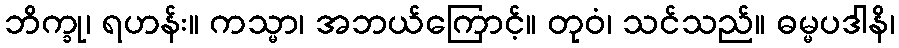
ဘိက္ခု၊ ရဟန်း။ ကသ္မာ၊ အဘယ်ကြောင့်။ တုဝံ၊ သင်သည်။ ဓမ္မပဒါနိ၊